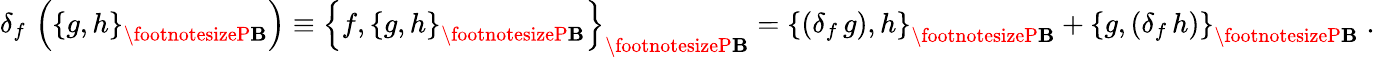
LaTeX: \delta_{f}\, \left(\left\{ g,h\right\} _{{\footnotesizeP\mathbf{B}}}\right)\equiv\left\{ f,\left\{ g,h\right\} _{{\footnotesizeP\mathbf{B}}}\right\} _{{\footnotesizeP\mathbf{B}}}=\left\{ \left(\delta_{f}\, g\right),h\right\} _{{\footnotesizeP\mathbf{B}}}+\left\{ g,\left(\delta_{f}\, h\right)\right\} _{{\footnotesizeP\mathbf{B}}}\; .